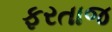
ફરતાજ